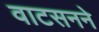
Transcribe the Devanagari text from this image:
वाटसनने